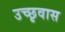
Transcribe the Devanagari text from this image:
उच्छृवास